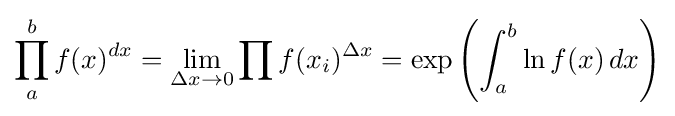
\prod _{a}^{b}f(x)^{dx}=\lim _{\Delta x\to 0}\prod {f(x_{i})^{\Delta x}}=\exp \left(\int _{a}^{b}\ln f(x)\,dx\right)